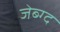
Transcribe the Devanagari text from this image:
जेब्ग्द